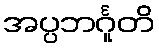
အပ္ပဘင်္ဂူတိ